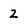
Character: 2